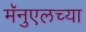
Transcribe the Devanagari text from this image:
मॅनुएलच्या